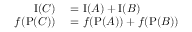
\begin{array} { r l } { \operatorname { I } ( C ) } & { { } = \operatorname { I } ( A ) + \operatorname { I } ( B ) } \\ { f ( \operatorname { P } ( C ) ) } & { { } = f ( \operatorname { P } ( A ) ) + f ( \operatorname { P } ( B ) ) } \end{array}